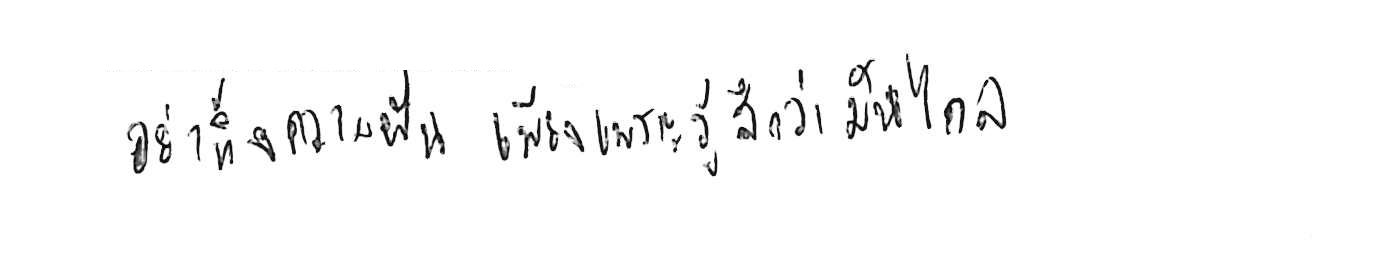
อย่าทิ้งความฝัน เพียงเพราะรู้สึกว่ามันไกล